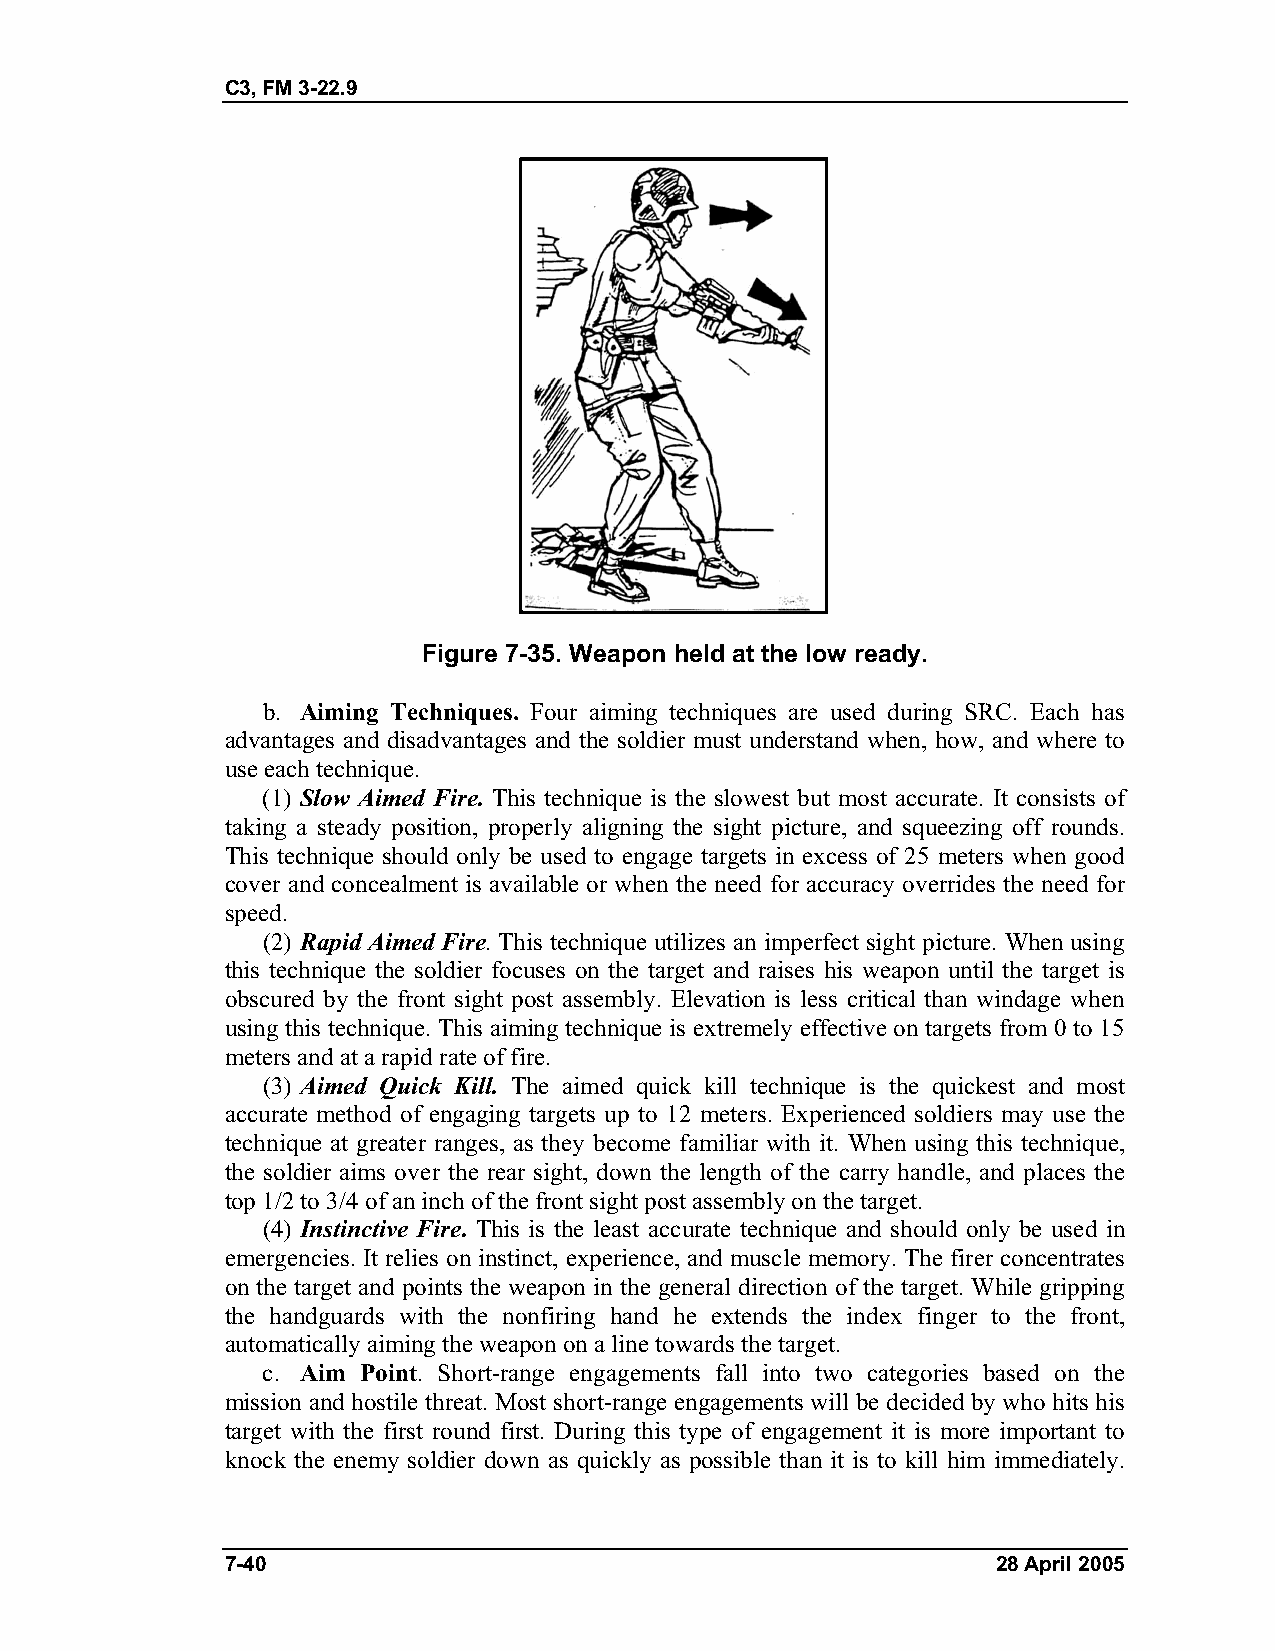
C3, FM 3-22.9
 Figure 7-35. Weapon held at the low ready.
 b. Aiming Techniques. Four aiming techniques are used during SRC. Each has
 advantages and disadvantages and the soldier must understand when, how, and where to
 use each technique.
 (1) Slow Aimed Fire. This technique is the slowest but most accurate. It consists of
 taking a steady position, properly aligning the sight picture, and squeezing off rounds.
 This technique should only be used to engage targets in excess of 25 meters when good
 cover and concealment is available or when the need for accuracy overrides the need for
 speed.
 (2) Rapid Aimed Fire. This technique utilizes an imperfect sight picture. When using
 this technique the soldier focuses on the target and raises his weapon until the target is
 obscured by the front sight post assembly. Elevation is less critical than windage when
 using this technique. This aiming technique is extremely effective on targets from 0 to 15
 meters and at a rapid rate of fire.
 (3) Aimed Quick Kill. The aimed quick kill technique is the quickest and most
 accurate method of engaging targets up to 12 meters. Experienced soldiers may use the
 technique at greater ranges, as they become familiar with it. When using this technique,
 the soldier aims over the rear sight, down the length of the carry handle, and places the
 top 1/2 to 3/4 of an inch of the front sight post assembly on the target.
 (4) Instinctive Fire. This is the least accurate technique and should only be used in
 emergencies. It relies on instinct, experience, and muscle memory. The firer concentrates
 on the target and points the weapon in the general direction of the target. While gripping
 the handguards with the nonfiring hand he extends the index finger to the front,
 automatically aiming the weapon on a line towards the target.
 c. Aim Point. Short-range engagements fall into two categories based on the
 mission and hostile threat. Most short-range engagements will be decided by who hits his
 target with the first round first. During this type of engagement it is more important to
 knock the enemy soldier down as quickly as possible than it is to kill him immediately.
 7-40                                               28 April 2005